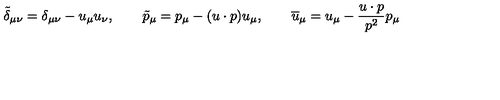
\tilde { \delta } _ { \mu \nu } = \delta _ { \mu \nu } - u _ { \mu } u _ { \nu } , \qquad \tilde { p } _ { \mu } = p _ { \mu } - ( u \cdot p ) u _ { \mu } , \qquad \overline { { u } } _ { \mu } = u _ { \mu } - \frac { u \cdot p } { p ^ { 2 } } p _ { \mu }